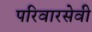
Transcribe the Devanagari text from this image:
परिवारसेवी